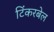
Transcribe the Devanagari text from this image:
टिंकरबेल